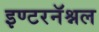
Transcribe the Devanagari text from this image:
इण्टरनॅश्नल